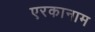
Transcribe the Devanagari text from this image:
एरकानाम